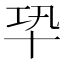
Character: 𠦘